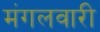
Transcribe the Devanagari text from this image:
मंगलवारी